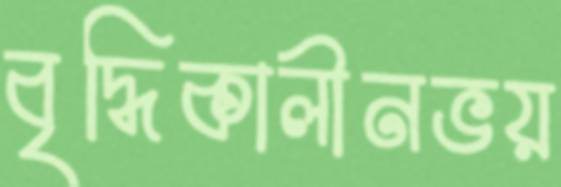
বৃদ্ধিকালীনভয়